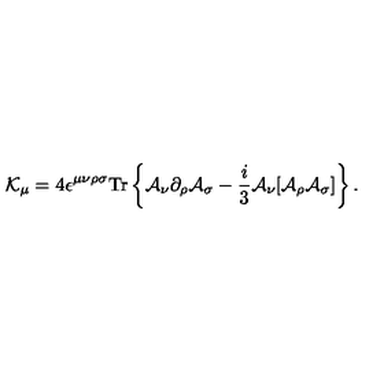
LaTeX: { \cal K } _ { \mu } = 4 \epsilon ^ { \mu \nu \rho \sigma } \mathrm { T r } \left\{ { \cal A } _ { \nu } \partial _ { \rho } { \cal A } _ { \sigma } - \frac { i } { 3 } { \cal A } _ { \nu } [ { \cal A } _ { \rho } { \cal A } _ { \sigma } ] \right\} .